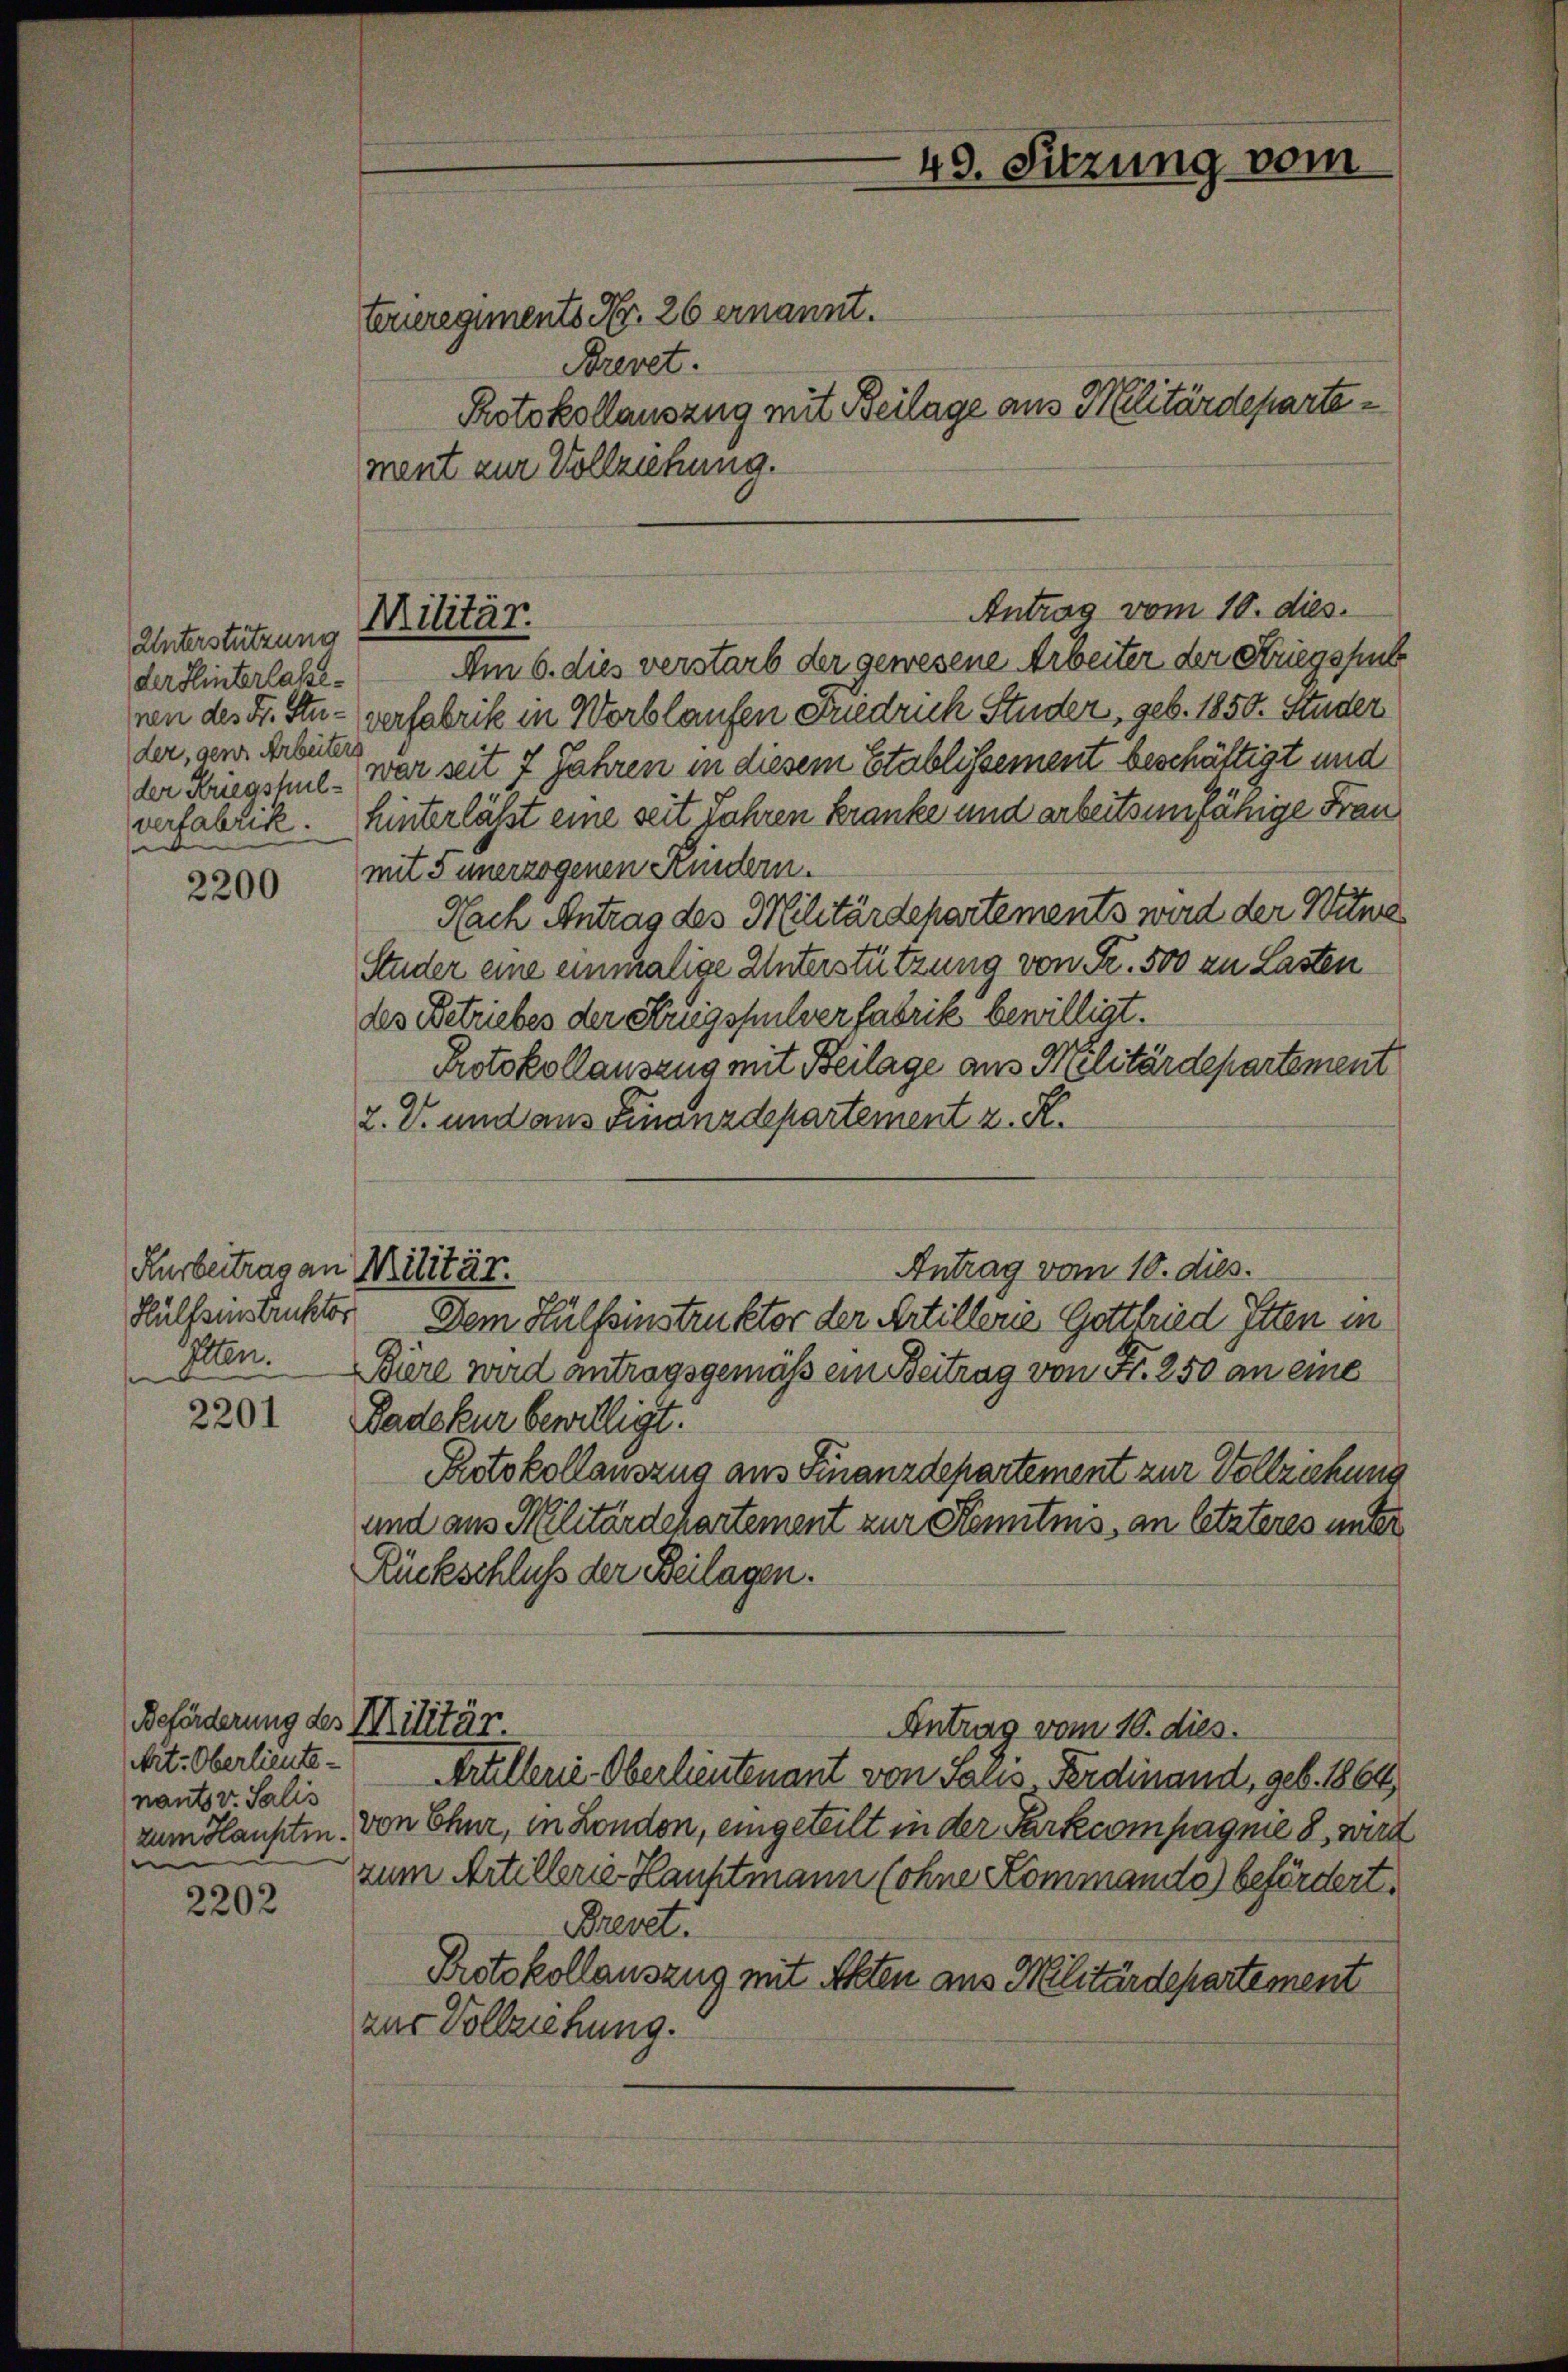
Unterstützung
der Hinterlasseder, gene Arbeiter
verfabrik.
e
s

2200

Kurbeitrag an Militär.
Ellen.

2201

Beförderung des Militär.
nants v. Salis
zum Hauptin.

2202

teueregiments Nr. 26 ernannt.
Brevet.
Protokollauszug mit Beilage aus Militärdepartement zur Vollziehung.
Am 6. dies verstarb der gewesene Arbeiter der Striegsfuh
ven des L. Stu- verfabrik in Worblaufen Friedrich Studer, geb. 1850. Studer
der Kriegshul - war seit 7 Jahren in diesem Etablissement beschäftigt und
hinterlässt eine seit Jahren kranke und arbeitsunfähige Frau
mit 5 unerzogenen Kindern.
Nach Antrag des Militärdepartements wird der Witwe
Studer eine einmalige Unterstützung von Fr. 500 zu Lasten
des Betriebes der Augspulverfabrik bewilligt.
Protokollauszug mit Beilage aus Militärdepartement
2. V. und aus Finanzdepartement z. K.
Antrag vom 10. dies.
Hülfsinstruktor Dem Hülfsinstruktor der Artillerie Gottfried Itten in
Büre wird antragsgemäß ein Beitrag von Fr. 250 an eine
Badekur bewilligt.
Protokollauszug aus Finanzdepartement zur Vollziehung
und aus Militärdechartement zur Komitins, an letzteres unter
Rückschluß der Beilagen.
Antrag vom 10. dies.
Nit. Oberlieute Artellerie-Oberlieutenant von Salis Ferdinand, geb. 1864
von Chur, in London, eingeteilt in der Parkcompagnie 8, wird
zum Artillerie-Hauptmann (ohne Kommando befördert,
Brevet.
Protokollauszug mit Akten aus Militärdepartement
zur Vollziehung.

Militär.

Antrag vom 10. dies.

49. Sitzung vom